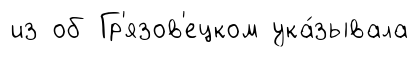
из об Гр'язов'ецком ука́зывала